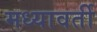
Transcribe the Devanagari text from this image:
मध्यावर्ती